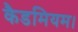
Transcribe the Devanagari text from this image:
कैडमियम।